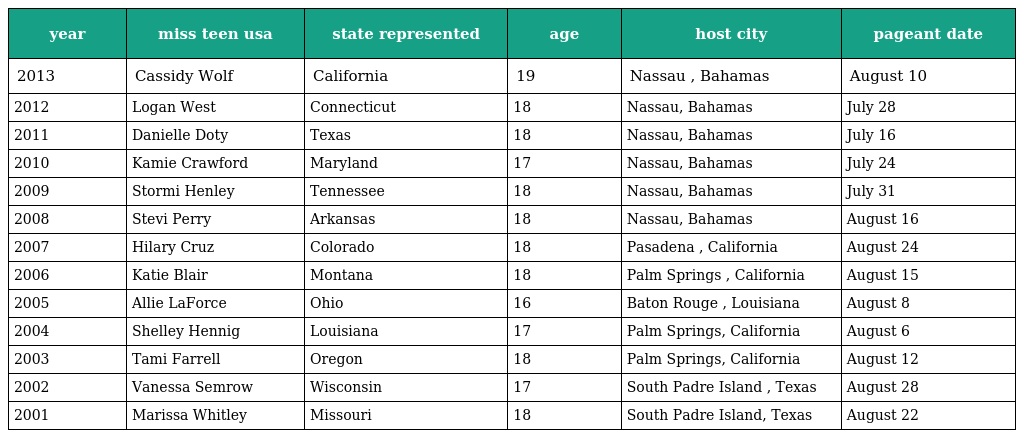
| year | miss teen usa | state represented | age | host city | pageant date |
 | --- | --- | --- | --- | --- | --- |
 | 2013 | Cassidy Wolf | California | 19 | Nassau , Bahamas | August 10 |
 | 2012 | Logan West | Connecticut | 18 | Nassau, Bahamas | July 28 |
 | 2011 | Danielle Doty | Texas | 18 | Nassau, Bahamas | July 16 |
 | 2010 | Kamie Crawford | Maryland | 17 | Nassau, Bahamas | July 24 |
 | 2009 | Stormi Henley | Tennessee | 18 | Nassau, Bahamas | July 31 |
 | 2008 | Stevi Perry | Arkansas | 18 | Nassau, Bahamas | August 16 |
 | 2007 | Hilary Cruz | Colorado | 18 | Pasadena , California | August 24 |
 | 2006 | Katie Blair | Montana | 18 | Palm Springs , California | August 15 |
 | 2005 | Allie LaForce | Ohio | 16 | Baton Rouge , Louisiana | August 8 |
 | 2004 | Shelley Hennig | Louisiana | 17 | Palm Springs, California | August 6 |
 | 2003 | Tami Farrell | Oregon | 18 | Palm Springs, California | August 12 |
 | 2002 | Vanessa Semrow | Wisconsin | 17 | South Padre Island , Texas | August 28 |
 | 2001 | Marissa Whitley | Missouri | 18 | South Padre Island, Texas | August 22 |